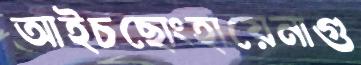
আইচছোংহায়েনাগু